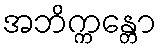
အဘိက္ကန္တော